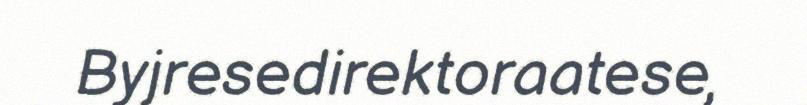
Byjresedirektoraatese,